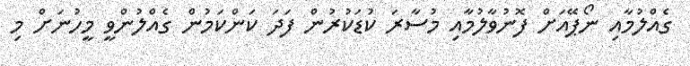
ގެއްލުމާއި ނޯޕޭއަށް ފޮނުވާލުމާއި މުސާރަ ކުޑަކުރުން ފަދަ ކަންކަމުން ގެއްލުންވީ މީހުނަށް މި